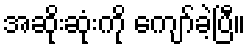
အဆိုးဆုံးကို ကျော်ခဲ့ပြီ။